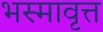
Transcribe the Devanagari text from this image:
भस्मावृत्त